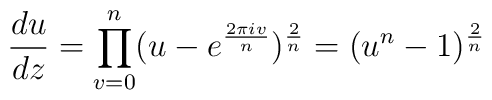
{{du}\over{dz}}= \prod_{v=0}^n (u-e^{{2\pi i v}\over n})^{{2\over n}}= (u^n-1)^{{2\over n}}